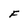
Character: F